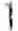
1